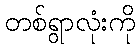
တစ်ရွာလုံးကို